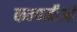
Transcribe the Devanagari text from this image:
कम्पनीआं